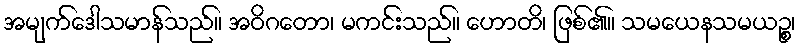
အမျက်ဒေါသမာန်သည်။ အဝိဂတော၊ မကင်းသည်။ ဟောတိ၊ ဖြစ်၏။ သမယေနသမယဉ္စ၊